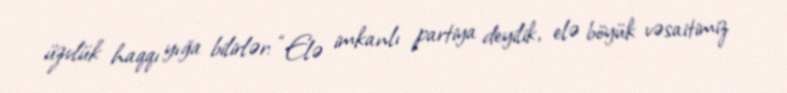
üzvlük haqqı yığa bilirlər: “Elə imkanlı partiya deyilik, elə böyük vəsaitimiz